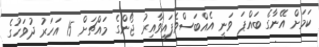
ކަމަށް އޭނާގެ ބައްޕަ ވަނީ އެއްބަސްވެފައިވާއިރު ޖޯންގެ މައްޗަށް 15 އަހަރު ދުވަހުގެ